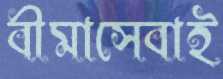
বীমাসেবাই